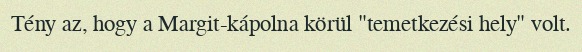
Tény az, hogy a Margit-kápolna körül "temetkezési hely" volt.